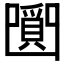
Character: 𤔼